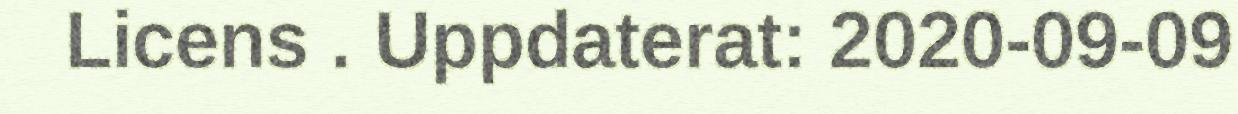
Licens . Uppdaterat: 2020-09-09